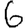
Digit: 6